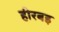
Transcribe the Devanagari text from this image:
हीरबइ